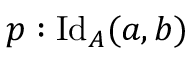
p : \mathrm { I d } _ { A } ( a , b )